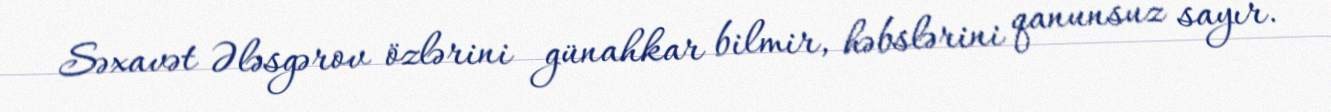
Səxavət Ələsgərov özlərini günahkar bilmir, həbslərini qanunsuz sayır.